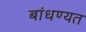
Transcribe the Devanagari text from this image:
बांधण्यत